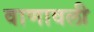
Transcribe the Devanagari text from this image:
वाणावली